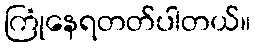
ကြုံနေရတတ်ပါတယ်။